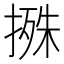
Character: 𢲬